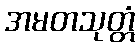
အမတသုတ္တံ